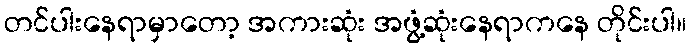
တင်ပါးနေရာမှာတော့ အကားဆုံး အဖွံ့ဆုံးနေရာကနေ တိုင်းပါ။